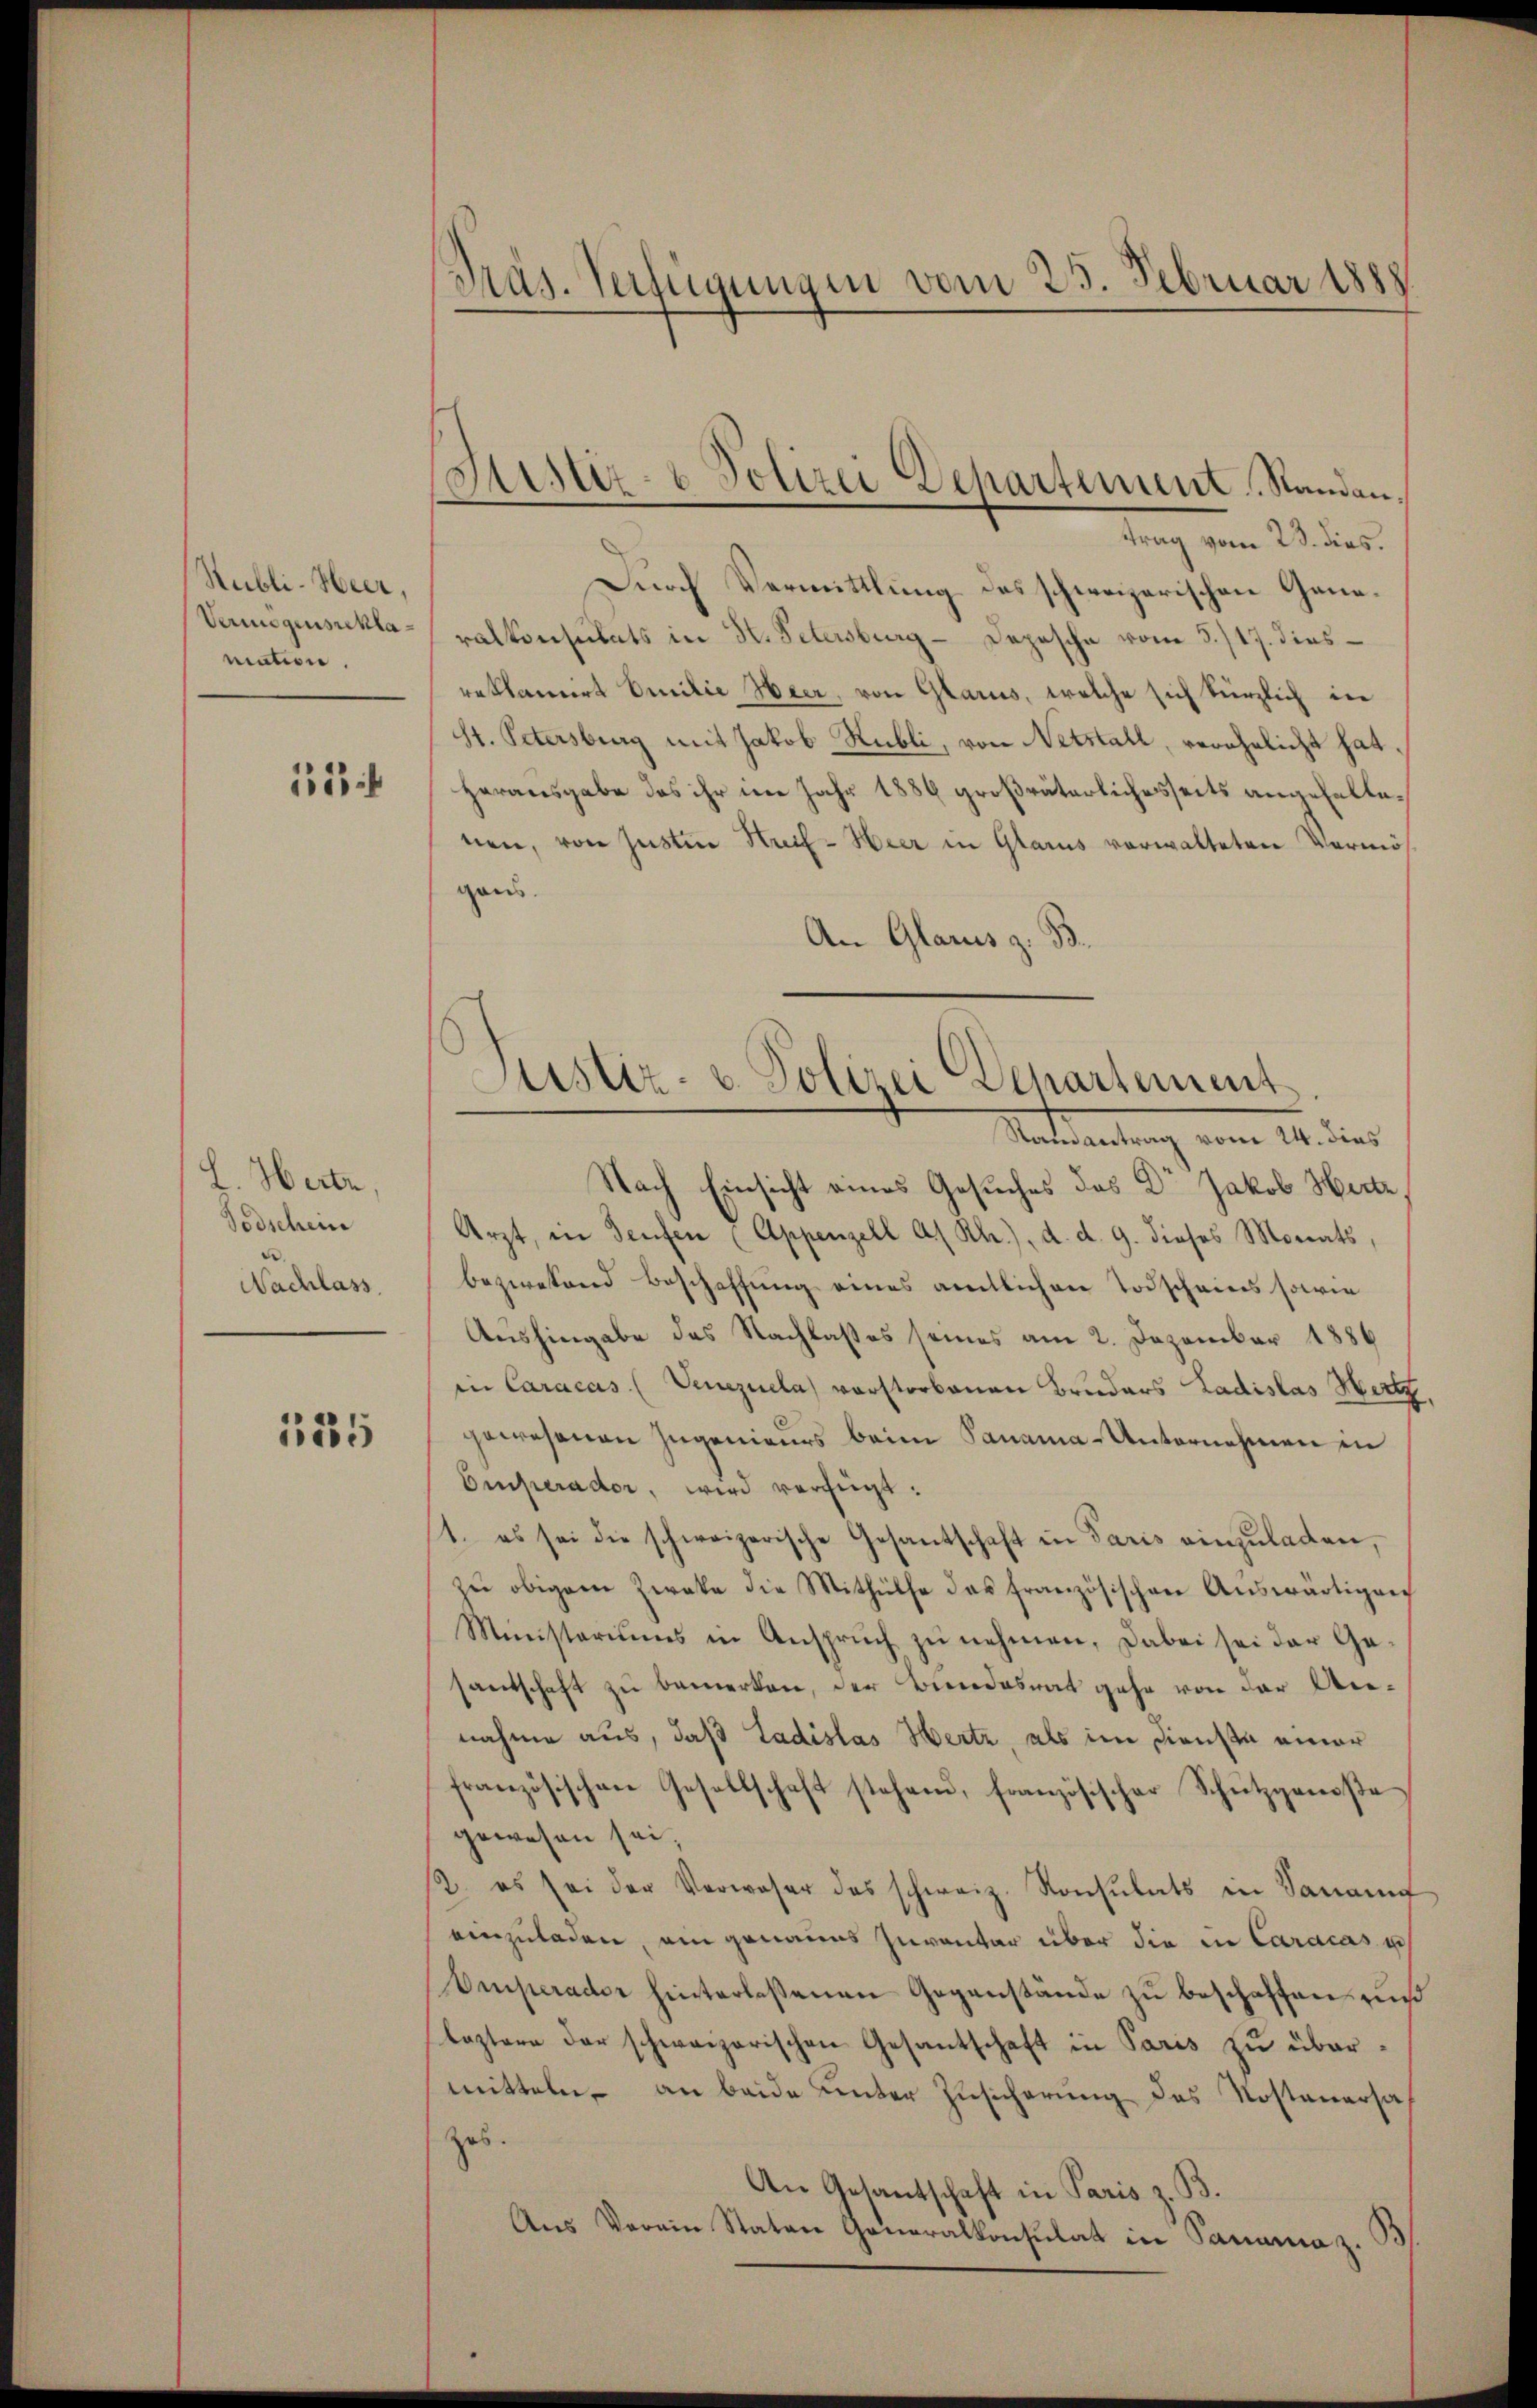
Rubli-Heer,
Vermögensreklamation.

11

L. Werte,
Todschein
.
Nachlass

135

Präs. Verfügungen vom 23. Februar 1888

Justiz- & Polizei Dehartement, Standan¬

trag vom 23. dies.
Durch Vermittlung des schweizerischen Generalkonsulats in H. Petersburg - Depesche vom 8./17. diesreklamirt Emilie Heer, von Glarus, welche sich kürzlich in
St. Petersburg mit Jakob Hubli, von Netztall, verehelicht hat.
Herausgabe das ihr im Jahr 1886 großväterlichesseits angefallenen, von Justin Streif- Hier in Glarus verwalteten Vermösgans.
An Glarus z. B.
Sattleitung vom 14. dies
Nach Einsicht eines Gesuches des Dr Jakob Herte
Arzt, in Teufen (Appenzell A/Rh.), d. d. 9. dieses Monats,
bezwefand Beschaffung eines amtlichen Todscheins sowie
Aushingabe des Nachlasses seines am 2. Dezember 1886
in Caracas (Venezuela) vorstorbenen Bruders Ladislas Hertz
gewesenen Ingenieurs beim Panama-Unternehmen in
Emperader, wird verfügt:
1. es sei die schweizerische Gesantschaft in Paris einzŭladen,
zu obigem Zweke die Mithülfe das französischen Auswärtigen
Ministeriums in Ansprŭch zŭ nehmen, dabei sei der Ge-
santschaft zu bemerken, der Bundesrat gehe von der Annahme aus, daß Ladislas Hertz, als im Diensta einer
französischen Gesellschaft stehend, französischer Schützgenoße
gewesen sei,
. es sei der Verwaser das schweiz. Konsulats in Sanamt
einzuladen, am genaues Inventar über die in Caracas u
Omperader hinterlesenen Gegenstände zu beschaffen auß
leztere der schweizerischen Gesantschaft in Paris zu übermitteln, an beide unter Zusicherung des Kosteuersazes.
An Gesantschaft in Paris z. B.
Ans Verein Staten Generalkonsulat in Samama z.

Justiz- u. Polizei Departement